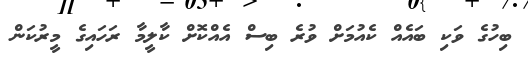
ބިހުގެ ވަކި ބައެއް ކެއުމަށް ވުރެ ބިސް އެއްކޮށް ކާލީމާ ރަހައިގެ މީރުކަން